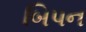
બિપન